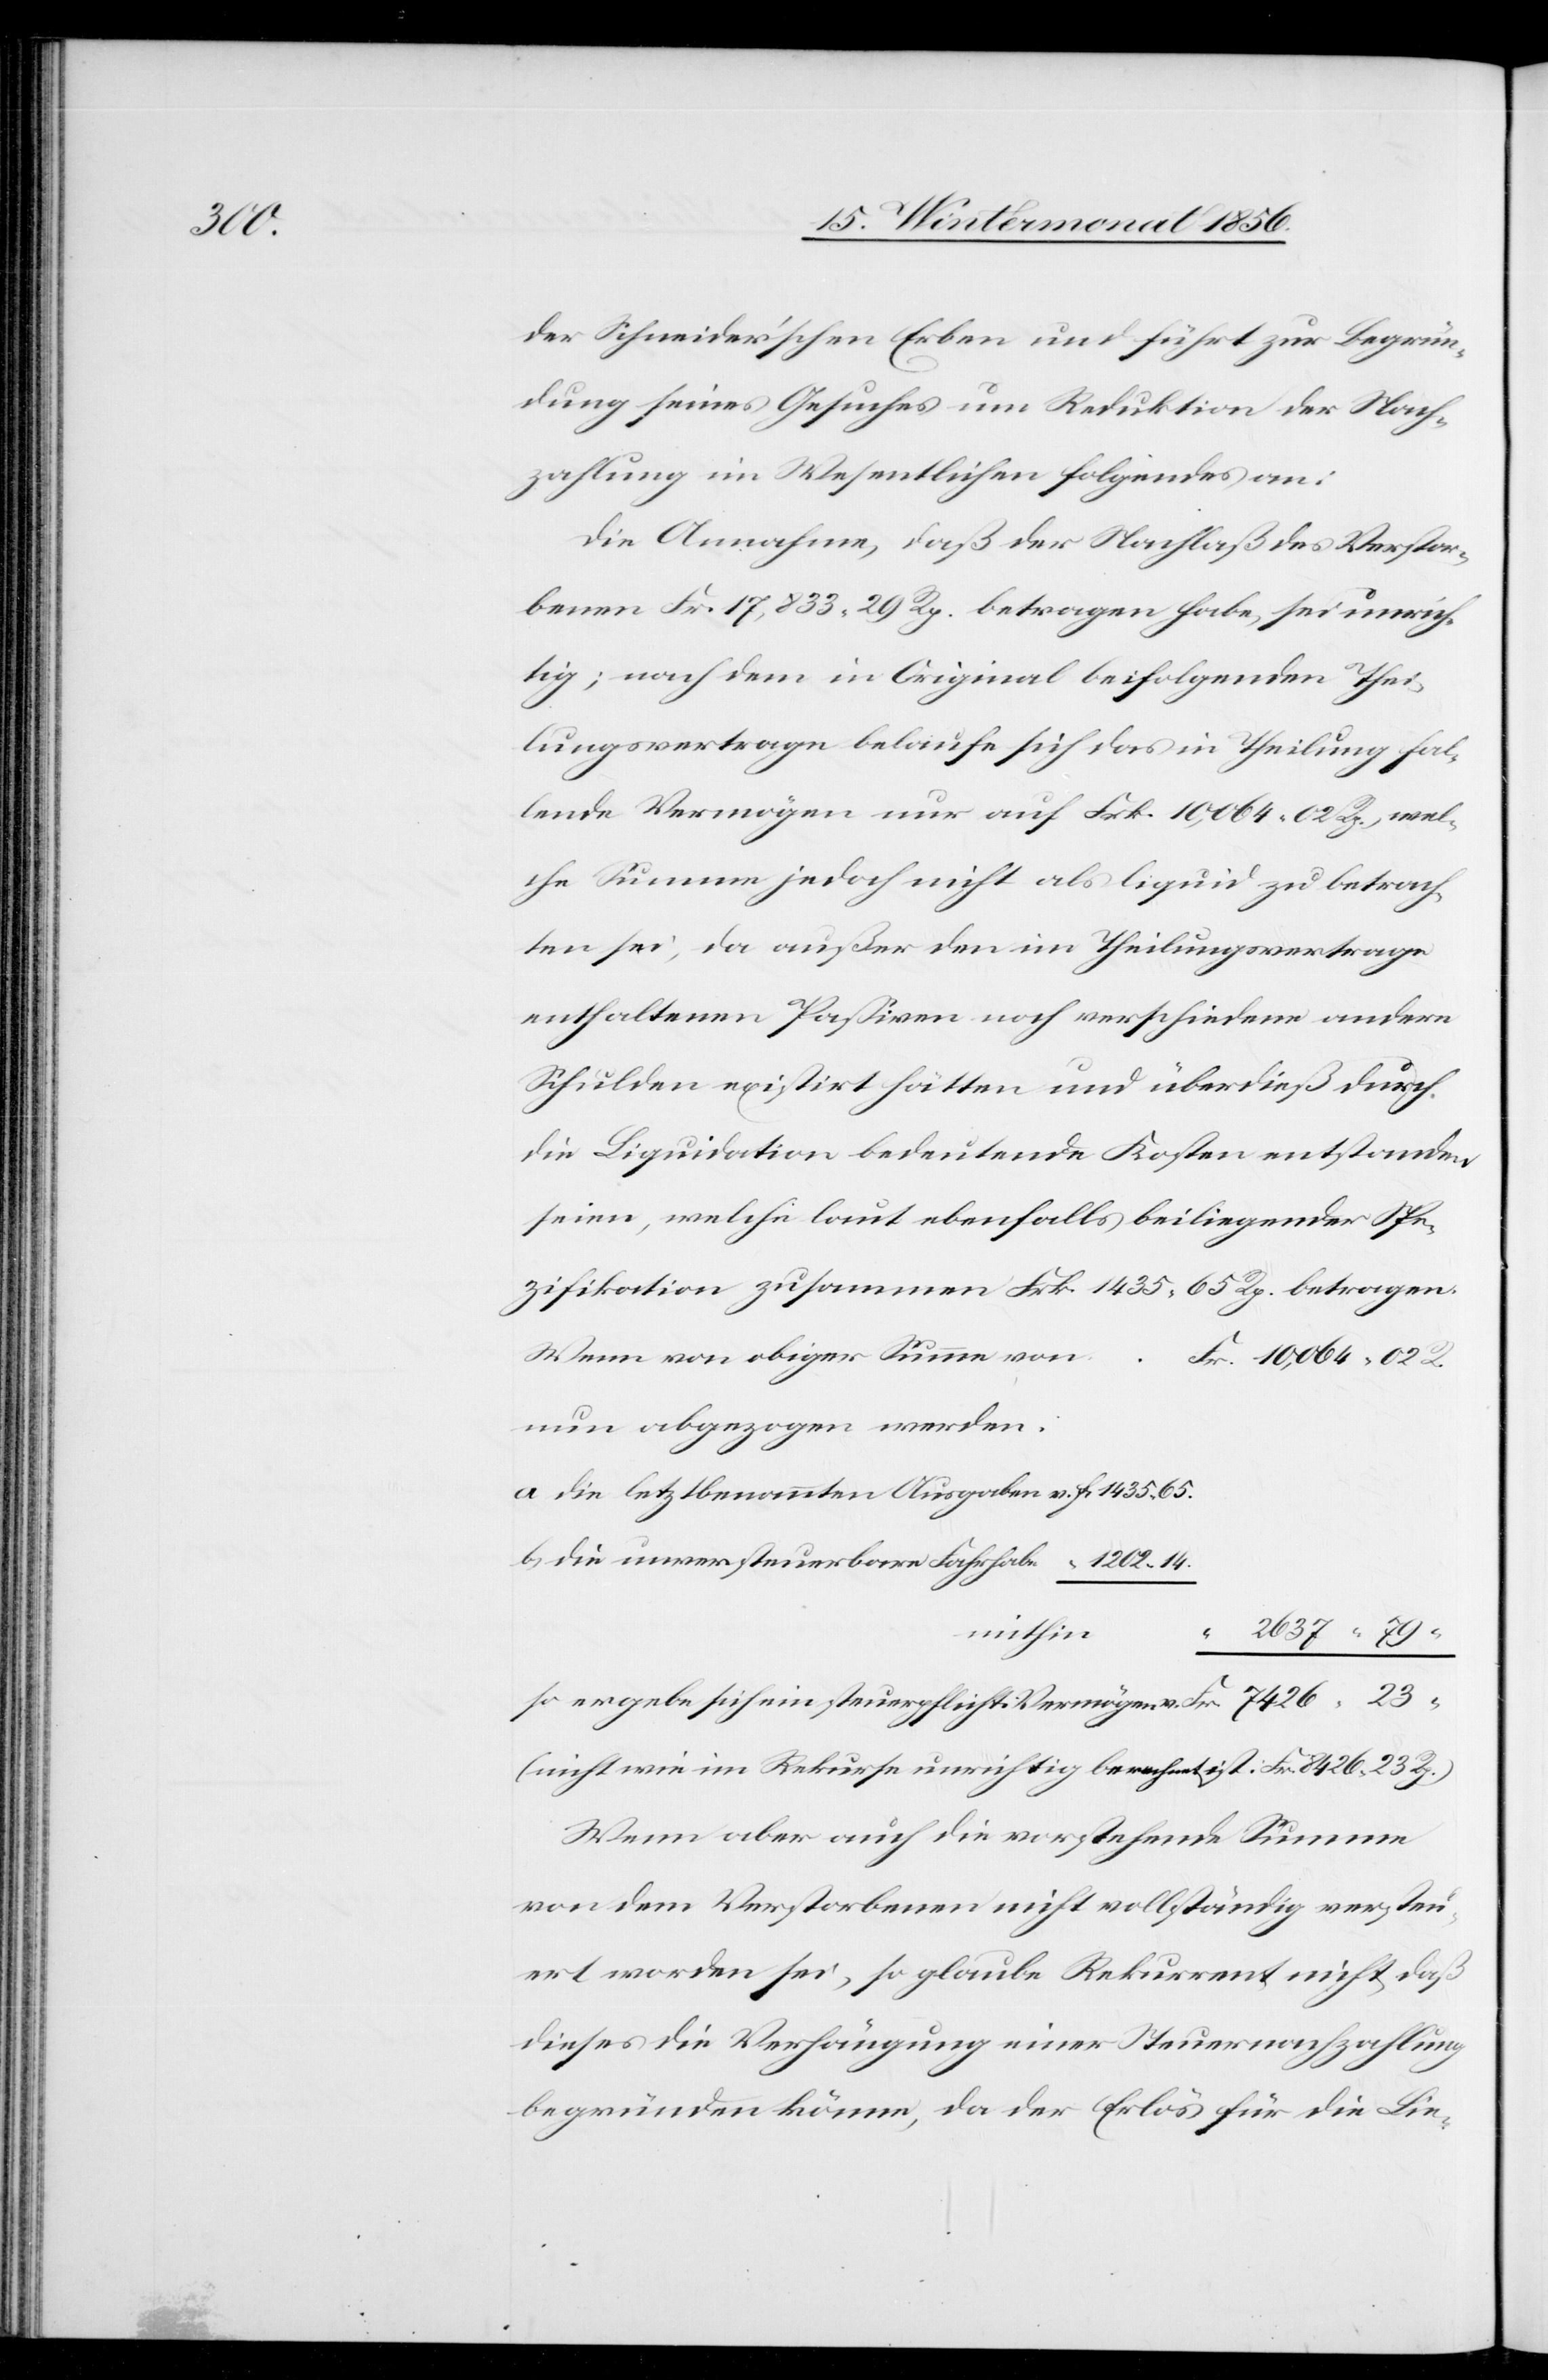
8426.

der Schneider'schen Erben und führt zur Begrün¬
dung seines Gesuches um Reduktion der Nach¬
zahlung im Wesentlichen folgendes an:
Die Annahme, daß der Nachlaß des Verstor¬
benen Fr. 833. 29 Rp. betragen habe, sei unrich¬
tig; nach dem in Original beifolgenden Thei¬
lungsvertrage belaufe sich das in Theilung fal¬
lende Vermögen nur auf Frk. 10,064. 02 Rp., wel¬
che Summe jedoch nicht als liquid zu betrach¬
ten sei, da außer den im Theilungsvertrage
enthaltenen Passiven noch verschiedene andere
Schulden existirt hätten und überdieß durch
die Liquidation bedeutende Kosten entstanden
seien, welche laut ebenfalls beiliegender Spe¬
zifikation zusammen Frk. 1435. 65 Rp. betragen.
Wenn von obiger Summe von
nun abgezogen werden:
a) die letztbenannten Ausgaben v.
b) die unversteuerbare Fahrhabe
mithin
so ergebe sich ein steuerpflicht. Vermögen v.
(nicht wie im Rekurse unrichtig berechnet ist:
Wenn aber auch die vorstehende Summe
von dem Verstorbenen nicht vollständig versteu¬
ert worden sei, so glaube Rekurrent nicht, daß
dieses die Verhängung einer Steuernachzahlung
begründen könne, da der Erlös für die Lie-